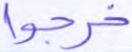
خرجوا